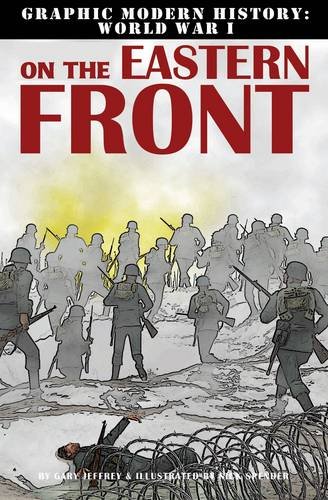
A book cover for On the Eastern Front (Graphic Modern History: World War I); Gary Jeffrey; Children's Books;